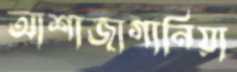
আশাজাগানিয়া